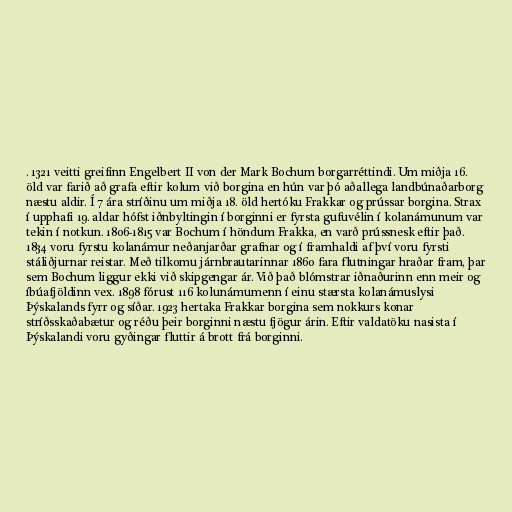
. 1321 veitti greifinn Engelbert II von der Mark Bochum borgarréttindi. Um miðja 16.
öld var farið að grafa eftir kolum við borgina en hún var þó aðallega landbúnaðarborg
næstu aldir. Í 7 ára stríðinu um miðja 18. öld hertóku Frakkar og prússar borgina. Strax
í upphafi 19. aldar hófst iðnbyltingin í borginni er fyrsta gufuvélin í kolanámunum var
tekin í notkun. 1806-1815 var Bochum í höndum Frakka, en varð prússnesk eftir það.
1834 voru fyrstu kolanámur neðanjarðar grafnar og í framhaldi af því voru fyrsti
stáliðjurnar reistar. Með tilkomu járnbrautarinnar 1860 fara flutningar hraðar fram, þar
sem Bochum liggur ekki við skipgengar ár. Við það blómstrar iðnaðurinn enn meir og
íbúafjöldinn vex. 1898 fórust 116 kolunámumenn í einu stærsta kolanámuslysi
Þýskalands fyrr og síðar. 1923 hertaka Frakkar borgina sem nokkurs konar
stríðsskaðabætur og réðu þeir borginni næstu fjögur árin. Eftir valdatöku nasista í
Þýskalandi voru gyðingar fluttir á brott frá borginni.